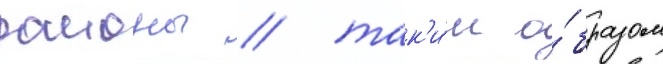
раионы / так'и́м о́бразом